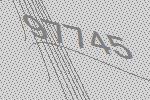
97745